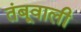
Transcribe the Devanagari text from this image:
तंबूवाली